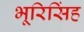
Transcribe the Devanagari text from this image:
भूरिसिंह